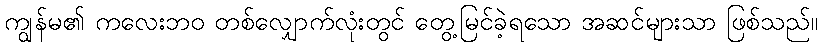
ကျွန်မ၏ ကလေးဘဝ တစ်လျှောက်လုံးတွင် တွေ့မြင်ခဲ့ရသော အဆင်များသာ ဖြစ်သည်။